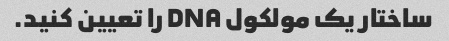
ساختار یک مولکول DNA را تعیین کنید.